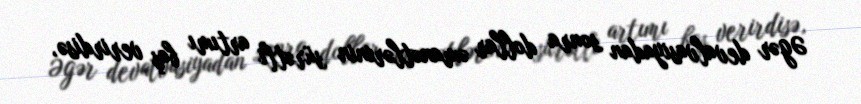
Əgər devalvasiyadan sonra dollar əmanətlərinin sürətli artımı baş verirdisə,